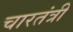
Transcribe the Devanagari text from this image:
चारतंत्री